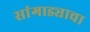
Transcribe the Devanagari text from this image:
सांगाड्याचा